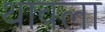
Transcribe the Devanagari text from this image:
थावला